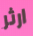
ارثر